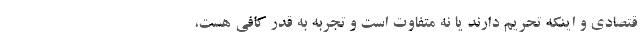
قتصادی و اینکه تحریم دارند یا نه متفاوت است و تجربه به قدر کافی هست،